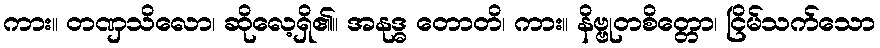
ကား။ တဏှသိလော၊ ဆိုလေ့ရှိ၏။ အနုဒ္ဓ တောတိ၊ ကား။ နိဗ္ဗုတစိတ္တော၊ ငြိမ်သက်သော